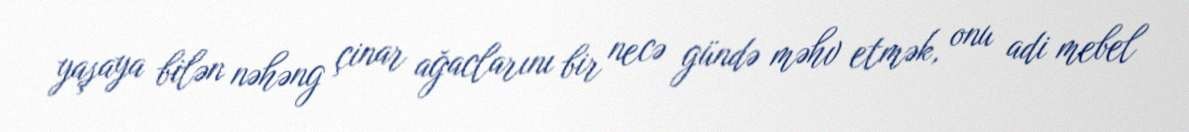
yaşaya bilən nəhəng çinar ağaclarını bir necə gündə məhv etmək, onu adi mebel